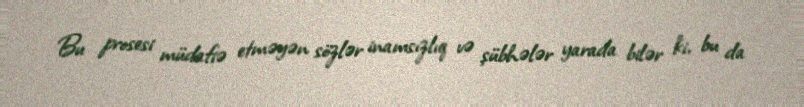
Bu prosesi müdafiə etməyən sözlər inamsızlıq və şübhələr yarada bilər ki, bu da